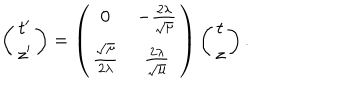
\left( \begin{array} { c } { { t ^ { \prime } } } \\ { { z ^ { \prime } } } \\ \end{array} \right) = \left( \begin{array} { c c } { { 0 } } & { { - \frac { 2 \lambda } { \sqrt { \mu } } } } \\ { { \frac { \sqrt { \mu } } { 2 \lambda } } } & { { \frac { 2 \lambda } { \sqrt { \mu } } } } \\ \end{array} \right) \left( \begin{array} { c } { { t } } \\ { { z } } \\ \end{array} \right) .